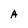
Character: A